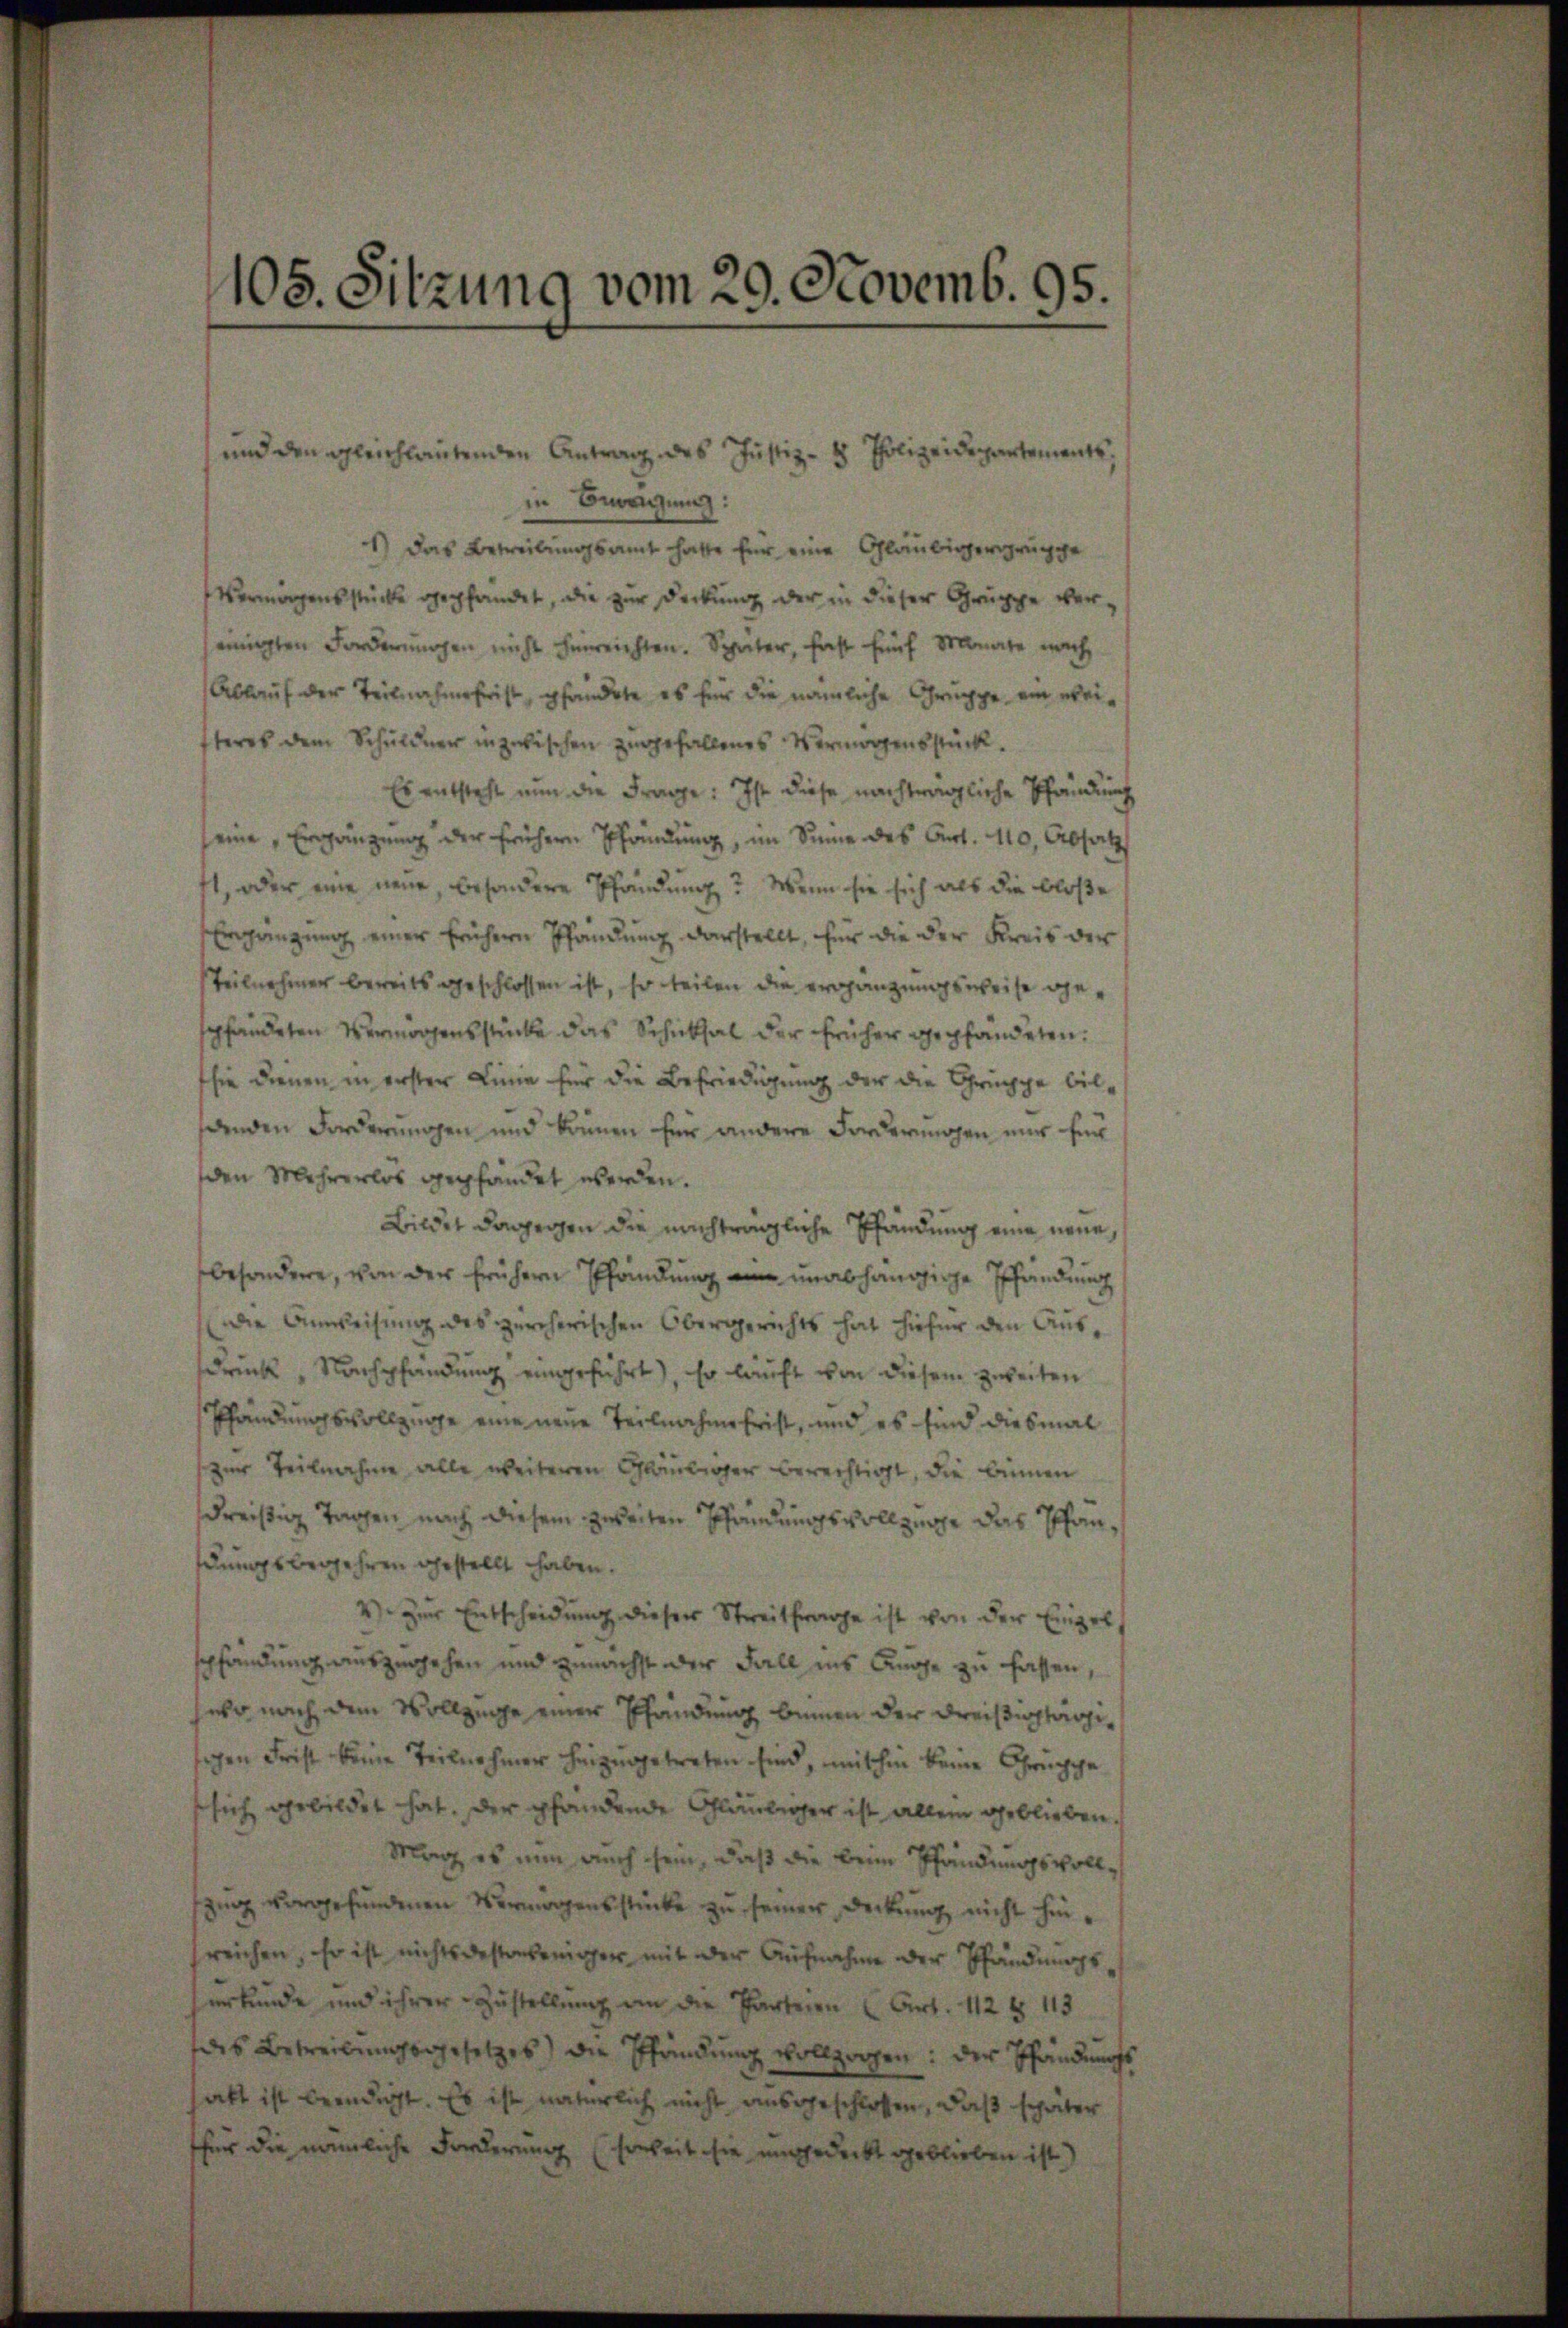
105. Sitzung vom 29. Novemb. 95.

in Bewegung:
1) Das Betreibungsamt hatte für eine Gläubiger gruppe
Vermorgensstücke gepfändet, die zur Deckung der in dieser Gruppe vereinigten Forderungen nicht hinreichten. Später, fast fünf Monate nach
Ablauf der Teilnahmefrist, pfändete es für die nämliche Gruppe ein wei-
steres dem Schuldner inzwischen zugefallenes Vermögensstück.
Es entsteht nun die Frage: Ist diese nachträgliche Pfändung
seine Ergänzung der frühern Pfändung, im Sinne des Art. 110, Absatz
ft, oder eine neue, besondere Pfändung? Wenn sie sich als die bloße
Ergängung einer früheren Pfändung darstellt, für die der Kreis der
Teilnehmer bereits geschlossen ist, so teilen die erhängungsweise gepfändeten Vermorgensstücke das Schicksal der früher gepfandeten.
sie dienen in erster Linie für die Befriedigung der die Gruppe bilaenden Forderungen und können für andere Forderungen nur für
den Mehrerlos gepfändet werden.
Bildet dagegen die nachträgliche Pfändung eine neue,
besondere, von der frühern Pfändung an unabhängige Pfändung
die Anweisung des zürcherischen Obergerichts hat hiefür den Aus
drück, Nachpfandung eingeführt), so läuft von diesem zweiten
Pfändungsvollzuge eine neue Teilnahme frist, und es sind diesmal
zur Teilnahme alle weiteren Gläubiger berechtigt, die binnen
dreißig Tagen nach diesem zweiten Pfändungsvollzuge das Pfandungsbegehren gestellt haben.
2) Zur Entscheidung dieser Streitfrage ist von der Einges
spfändung auszugehen und zunächst der Fall ins Auge zu fassen,
eso nach dem Vollzuge einer Pfändung binnen der Dreisitarisigen Frist keine Teilnehmer heizŭngetreten sind, mithin keine Gruppe
sich gebildet hat. Der pfandende Gläubiger ist allein geblieben.
Mag es nun auch sein, daß die beim Pfändungsvollzig vorgefundenen Vermögensstücke zu seiner Deckung nicht hinsreichen, er ist nichtsdestoweniger mit der Aŭfnahme der Pfändungs
erkunde und ihrer Zustellung an die Parteren u. Art. 112 § 113
des Betreibungsgesetzes) die Pfründung vollzogen: der Pfändungs
akt ist beendigt. Es ist natürlich nicht ausgeschlossen, daß später
ffür die nämliche Forderung (soweit sie ungedeckt geblieben ist)

und den gleichlautenden Antrag des Justiz- & Polizeidepartements,